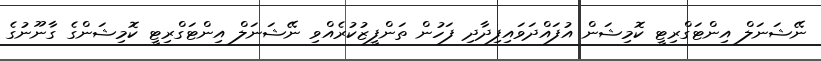
ނޭޝަނަލް އިންޓަގްރިޓީ ކޮމިޝަން އުފައްދަވައިފިދާދި ފަހުން ތަންފީޒުކުރެއްވި ނޭޝަނަލް އިންޓަގްރިޓީ ކޮމިޝަންގެ ގާނޫނުގެ